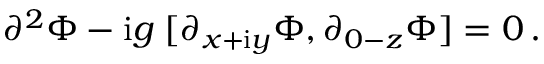
\partial ^ { 2 } \Phi - \mathrm { i } g \; [ \partial _ { x + \mathrm { i } y } \Phi , \partial _ { 0 - z } \Phi ] = 0 \, .